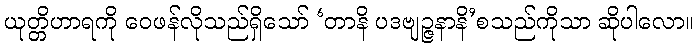
ယုတ္တိဟာရကို ဝေဖန်လိုသည်ရှိသော် ‘တာနိ ပဒဗျဉ္ဇနာနိ’စသည်ကိုသာ ဆိုပါလော။